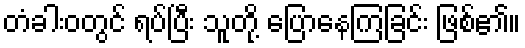
တံခါးဝတွင် ရပ်ပြီး သူတို့ ပြောနေကြခြင်း ဖြစ်၏။